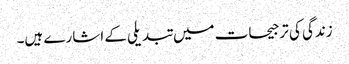
زندگی کی ترجیحات میں تبدیلی کے اشارے ہیں۔